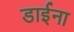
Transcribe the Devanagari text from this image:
डाईना